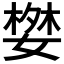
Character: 𭒓